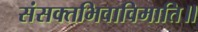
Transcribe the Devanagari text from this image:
संसक्तभिवाविमाति॥